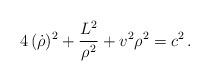
LaTeX: \begin{align*}4\,(\dot\rho)^2 + \frac{L^2}{\rho^2} + v^2 \rho^2 = c^2\, .\end{align*}